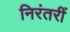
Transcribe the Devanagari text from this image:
निरंतरीं